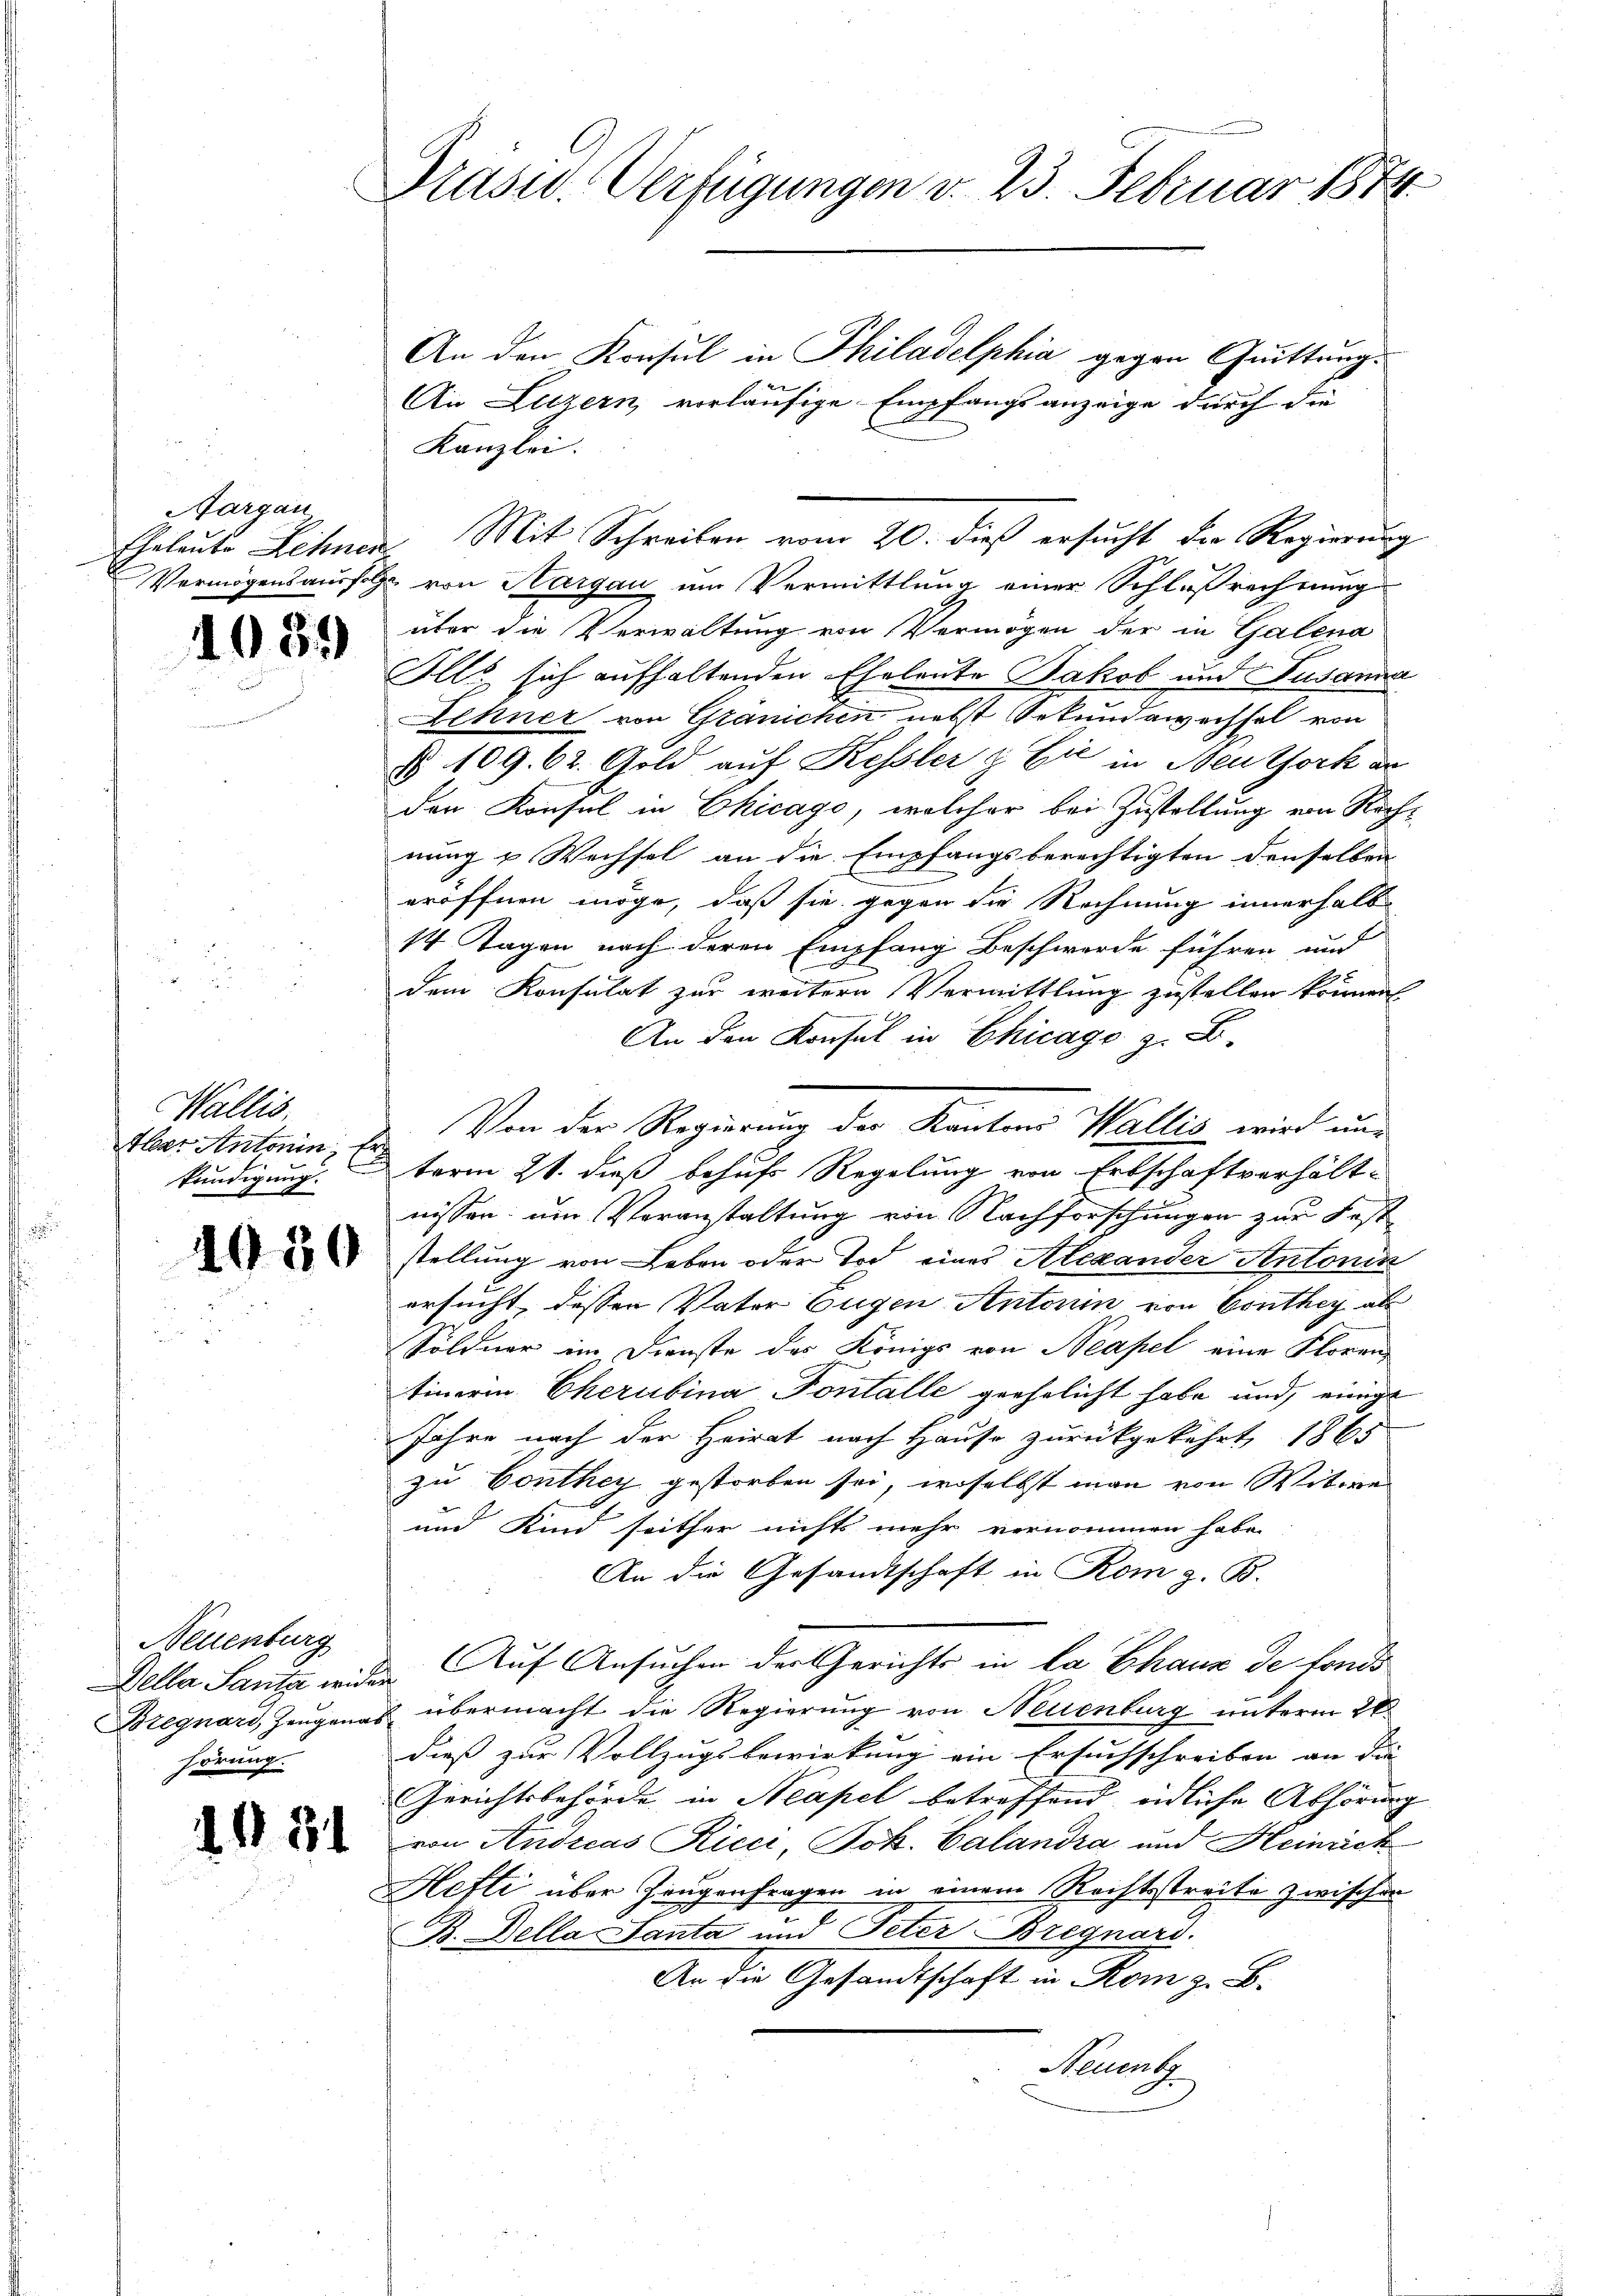
Aargau

1089

Wallis.
Alear Antonin, Er
kündigung.

1020

Neuenburg
hörung.

1181

Präsid.. Verfügungen v. 23. Februar 1874

An Luzern, vorläufige Empfangsanzeige durch die
Kanzlei.
über die Verwaltung von Vermögen der in Galena
Alls sich aufhaltenden Eheleute Jakob und Susanna
Lehner von Gränichen nebst bekundewechsel von
§ 109. 62. Gold auf Kessler & Cie in Beuthork an
den Konsul in Chicago, welcher bei Zustellung von Rich
nung & Wechsel an die Empfangsberechtigten denselben
eröffnen möge, daß sie gegen die Rechnung innerhalb
14 Tagen nach deren Empfang Beschwerde führen und
dem Konsulat zur weitern Vermittlung zustellen können
An den Konsul in Chicago z. B.
Von der Regierung der Kantons Wallis wird unterm 21. dieß behufs Regelung von Erbschaftverhältnissen, um Veranstaltung von Nachforschungen zur Fest
stellung von Leben oder Tod eines Alexander Antonin
ersucht, dessen Vater Eugen Antonin von Conthey als
Söldner im Dienste des Königs von Neapel eine Floren,
tinerin Cherubina Pontalle geehrlicht habe und einige
Jahre nach der Heirat nach Hause zurückgekehrt 1865
zu Conthey gestorben sei, woselbst man von Witwe
und Kind seither nichts mehr vernommen habe.
An die Gesandtschaft in Rom z. B.
Della Santa wider Auf Ansuchen der Gerichts in la Chaux de fonds
Bregnard, Zeugenas übermacht die Regierung von Neuenburg unterm 26.
dieß zur Vollzugsbewirkung ein Ersuchschreiben an die |
Gerichtsbehörde in Neapel betreffend eidliche Abhörung
von Andreas Kicci, Joh. Calandra und Heinrich
Hefti über Zeugenfragen in einem Rechtsstreite zwischen
B. Della Santa und Peter Bregnard.
An die Gesandtschaft in Rom z. B.
Neuenb

Gelaute Lehnen. Mit Schreiben vom 20. dieß ersucht der Regierung
Vermögensausfolge von Hargau um Vermittlung einer Schlußrecherung

An den Konsul in Philadelphia gegen Quittung.